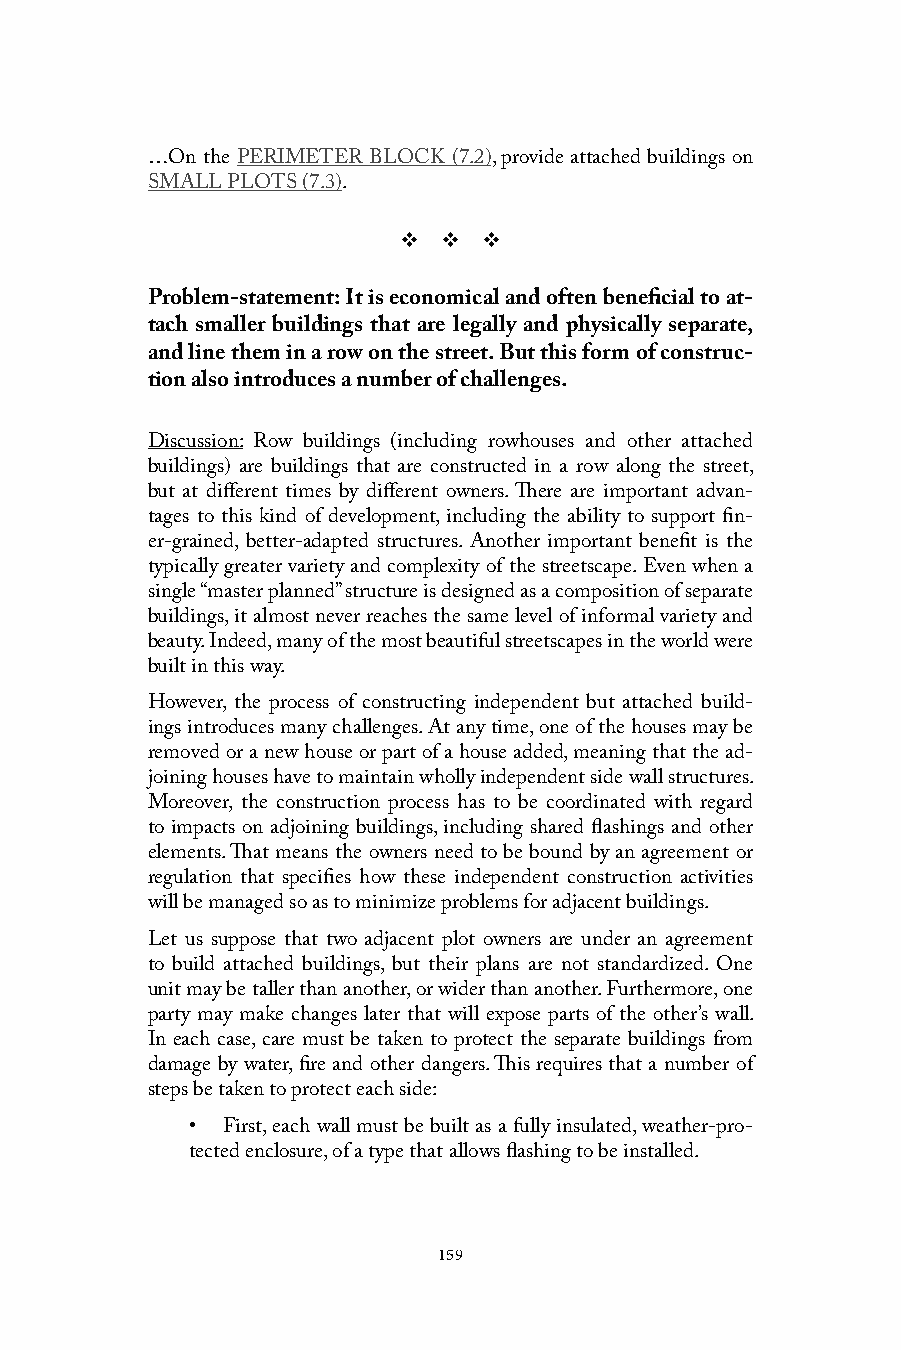
…On the PERIMETER BLOCK (7.2), provide attached buildings on
 SMALL PLOTS (7.3).
 v  v  v
 Problem-statement: It is economical and often beneficial to at-
 tach smaller buildings that are legally and physically separate,
 and line them in a row on the street. But this form of construc-
 tion also introduces a number of challenges.
 Discussion: Row buildings (including rowhouses and other attached
 buildings) are buildings that are constructed in a row along the street,
 but at different times by different owners. There are important advan-
 tages to this kind of development, including the ability to support fin-
 er-grained, better-adapted structures. Another important benefit is the
 typically greater variety and complexity of the streetscape. Even when a
 single “master planned” structure is designed as a composition of separate
 buildings, it almost never reaches the same level of informal variety and
 beauty. Indeed, many of the most beautiful streetscapes in the world were
 built in this way.
 However, the process of constructing independent but attached build-
 ings introduces many challenges. At any time, one of the houses may be
 removed or a new house or part of a house added, meaning that the ad-
 joining houses have to maintain wholly independent side wall structures.
 Moreover, the construction process has to be coordinated with regard
 to impacts on adjoining buildings, including shared flashings and other
 elements. That means the owners need to be bound by an agreement or
 regulation that specifies how these independent construction activities
 will be managed so as to minimize problems for adjacent buildings.
 Let us suppose that two adjacent plot owners are under an agreement
 to build attached buildings, but their plans are not standardized. One
 unit may be taller than another, or wider than another. Furthermore, one
 party may make changes later that will expose parts of the other’s wall.
 In each case, care must be taken to protect the separate buildings from
 damage by water, fire and other dangers. This requires that a number of
 steps be taken to protect each side:
 • First, each wall must be built as a fully insulated, weather-pro-
 tected enclosure, of a type that allows flashing to be installed.
 159